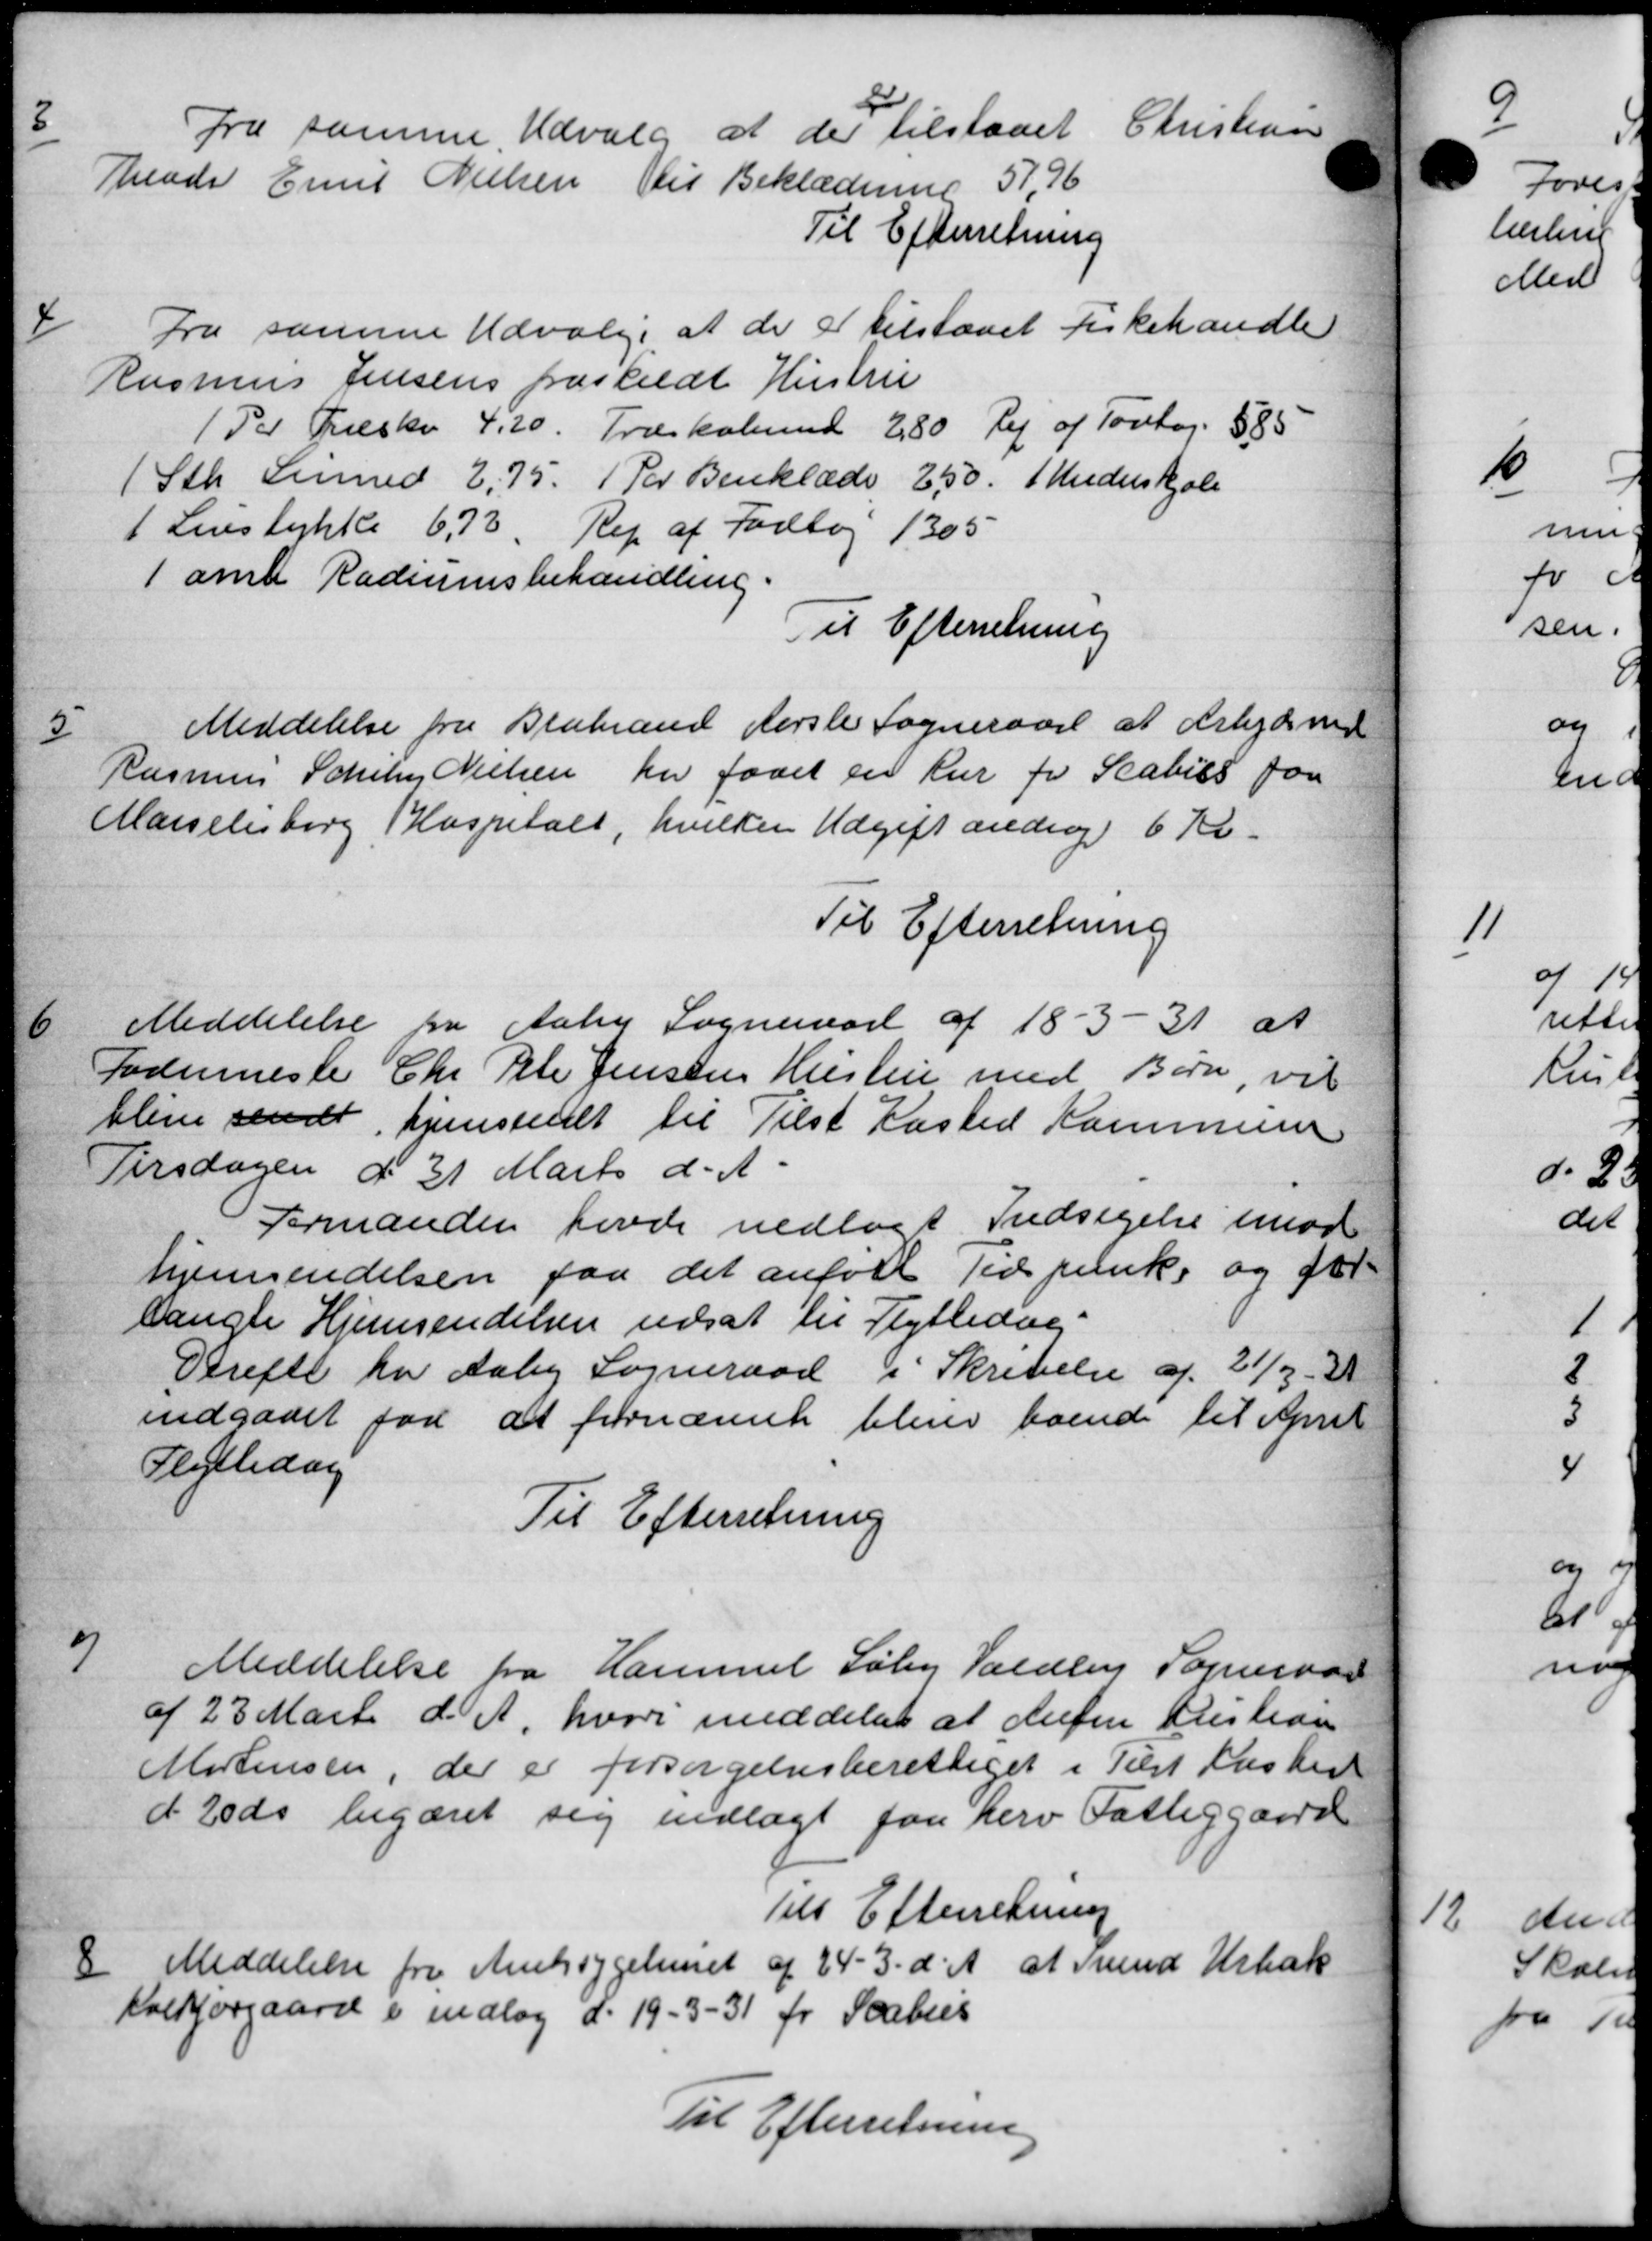
Transskription:
3
Fra samme Udvalg at der tilstaaet Christensen
Trende Emil Nielsen til Beklædning 51,76
Til Efterretning
4
Fra samme Udvalg at de er tilstaaet Fiskehandle
Rasmus Jensens fraskildt Hustru
1 Par Træske 4,20. Træskoleund 2,80 Re af Tovbog. 585
1 Stk Sermed 2,75. 1 Par Benklæde 250. Underskole
1 Linstykke 6,73. Rep af Fodbog 1305
1 amt Radiumsbehandling.
Til Efterretning
5
Meddelelse fra Brabrand Førslev Sogneraad at erkjæring
Rasmus Schel Nielsen har faaet en Kur fra Scabiss for
Marielesborg Hospitalt, hvilken Udgift andrag 6 Kr.
Til Efterretning
6
Meddelelse fra Aaby Sogneraad af 18 - 3 - 31 at
Fodermeste Chr Peter Jensens Hustru med Børn, vil
blive sendt hjemsendt til Tilst Kasted Kommune
Tirsdagen d. 31 Marts d. A.
Formanden havde nedlagt Indsigelse imod
hjemmendelsen paa det anført Tid punke og for
langte Hjemsendelsen udsat til Flyttedag
Derefte for Aaby Sogneraad i Skrivelse af 21/3 - 31
indgaaet for at fornævnte blive boende til April
Flyttedag
Til Efterretning
7
Meddelelse fra Hammel Søby Valdby Sogneraad
af 23 Marts d. A. hvori meddeles at defin Kristian
Mortensen, der er forsørgelsesberettiget i Tilst Kaster
d 20 ds begæret sig indlagt faa herv Fattiggaard
Til Efterretning
8
Meddelelse fra Amtssygehuset af 24 - 3. d. A. at Svend Urbæk
Kalkjørgaard i indlag d. 19-3-31 for Saabers
Til Efterretning

1.